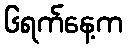
၆ရက်နေ့က